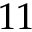
1 1